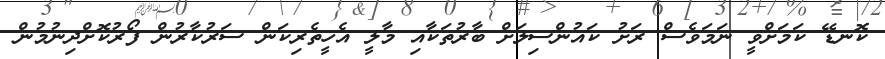
ކޮނޑޭ ކަަމަށްވީ ނަމަވެސް ރަށު ކައުންސިލަށް ބާރުތަކާއި މާލީ އެހީތެރިކަން ސަރުކާރުން ފޯރުކޮށްދިނުމުން